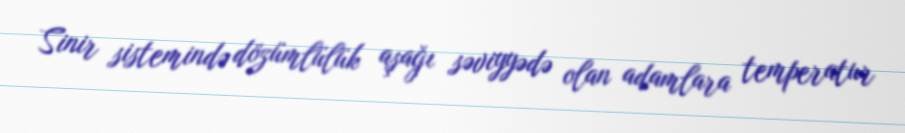
Sinir sistemində dözümlülük aşağı səviyyədə olan adamlara temperatur